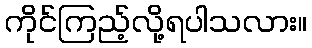
ကိုင်ကြည့်လို့ရပါသလား။